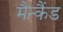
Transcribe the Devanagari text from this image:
मैन्कैंड